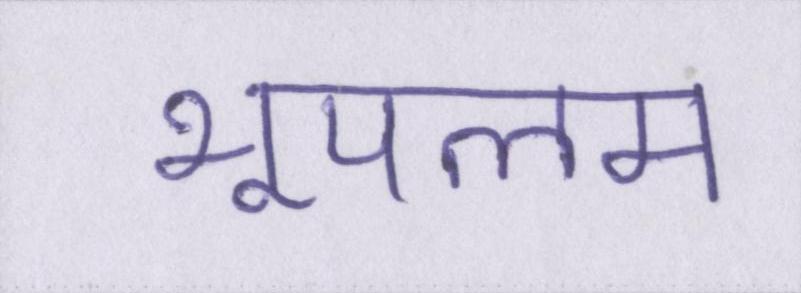
भूपलम